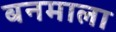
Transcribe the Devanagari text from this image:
बनमाला